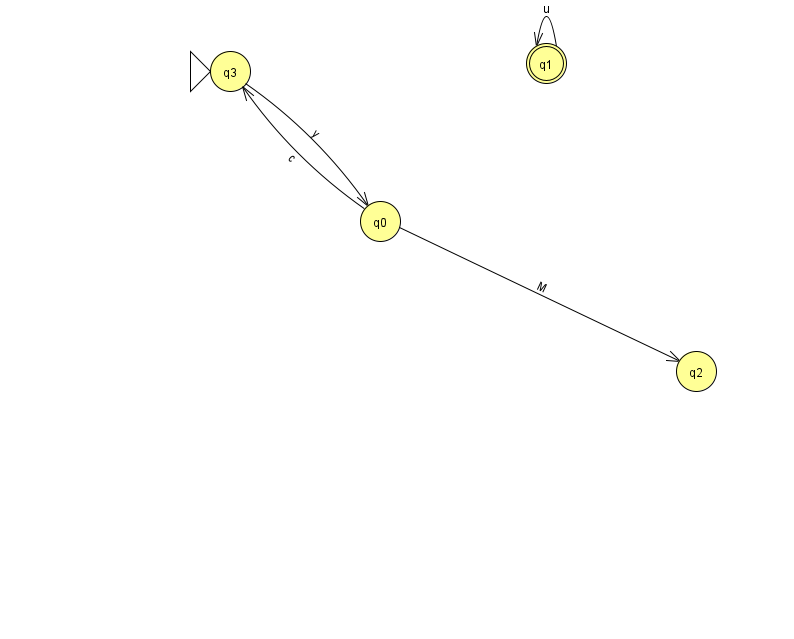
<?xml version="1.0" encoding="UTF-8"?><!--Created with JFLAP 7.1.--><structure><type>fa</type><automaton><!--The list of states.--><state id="0" name="q0"><x>380.0</x><y>208.0</y></state><state id="1" name="q1"><x>546.0</x><y>50.0</y><final/></state><state id="2" name="q2"><x>696.0</x><y>358.0</y></state><state id="3" name="q3"><x>230.0</x><y>58.0</y><initial/></state><!--The list of transitions.--><transition><from>0</from><to>2</to><read>M</read></transition><transition><from>1</from><to>1</to><read>u</read></transition><transition><from>3</from><to>0</to><read>y</read></transition><transition><from>0</from><to>3</to><read>c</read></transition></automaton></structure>